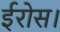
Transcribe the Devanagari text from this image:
ईरोस।